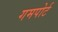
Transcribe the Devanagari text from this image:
गमपोर्ट